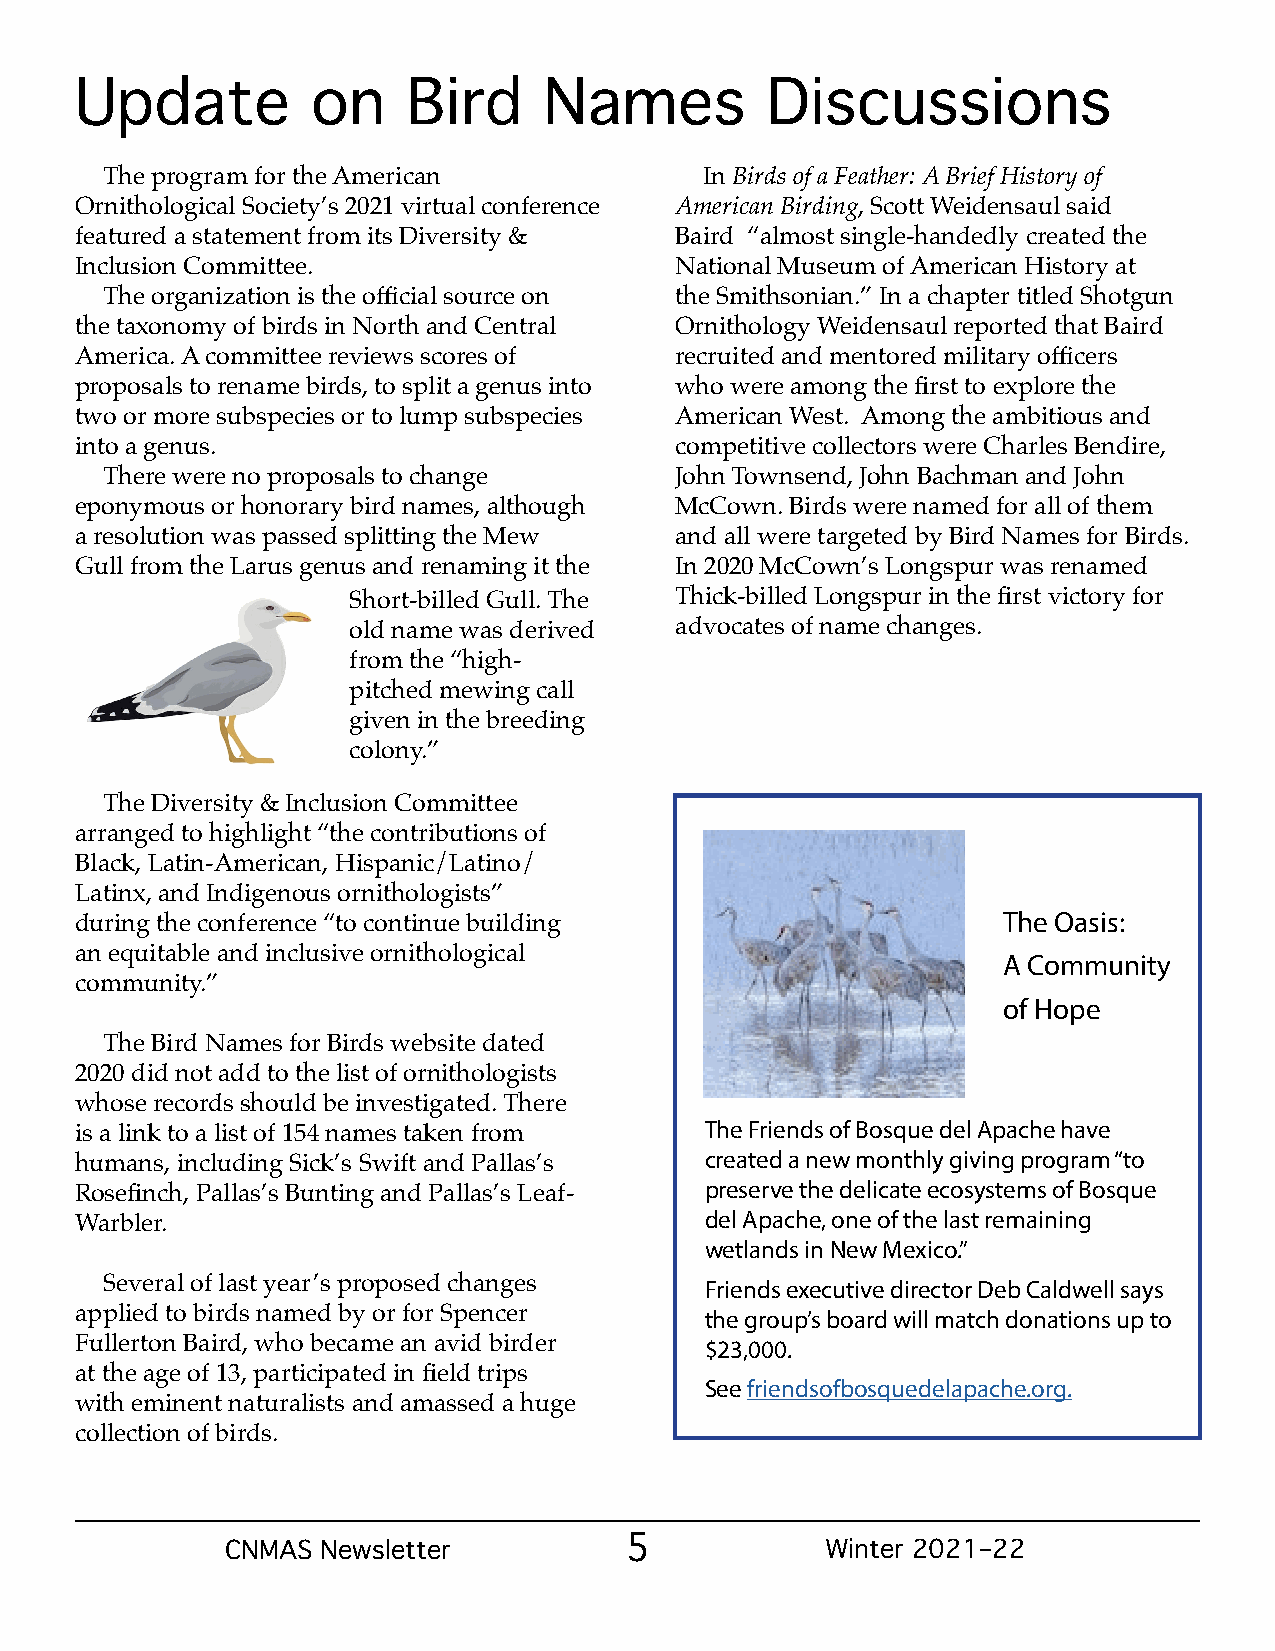
Update          on    Bird     Names          Discussions
 The program for the American            In Birds of a Feather: A Brief History of
 Ornithological Society’s 2021 virtual conference American Birding, Scott Weidensaul said
 featured a statement from its Diversity & Baird “almost single-handedly created the
 Inclusion Committee.                    National Museum of American History at
 The organization is the official source on the Smithsonian.” In a chapter titled Shotgun
 the taxonomy of birds in North and Central Ornithology Weidensaul reported that Baird
 America. A committee reviews scores of  recruited and mentored military officers
 proposals to rename birds, to split a genus into who were among the first to explore the
 two or more subspecies or to lump subspecies American West. Among the ambitious and
 into a genus.                           competitive collectors were Charles Bendire,
 There were no proposals to change     John Townsend, John Bachman and John
 eponymous or honorary bird names, although McCown. Birds were named for all of them
 a resolution was passed splitting the Mew and all were targeted by Bird Names for Birds.
 Gull from the Larus genus and renaming it the In 2020 McCown’s Longspur was renamed
 Short-billed Gull. The Thick-billed Longspur in the first victory for
 old name was derived  advocates of name changes.
 from the “high-
 pitched mewing call
 given in the breeding
 colony.”
 The Diversity & Inclusion Committee
 arranged to highlight “the contributions of
 Black, Latin-American, Hispanic/Latino/
 Latinx, and Indigenous ornithologists”
 The Oasis:
 during the conference “to continue building
 an equitable and inclusive ornithological                    A Community
 community.”
 of Hope
 The Bird Names for Birds website dated
 2020 did not add to the list of ornithologists
 whose records should be investigated. There
 The Friends of Bosque del Apache have
 is a link to a list of 154 names taken from
 created a new monthly giving program “to
 humans, including Sick’s Swift and Pallas’s
 preserve the delicate ecosystems of Bosque
 Rosefinch, Pallas’s Bunting and Pallas’s Leaf-
 del Apache, one of the last remaining
 Warbler.
 wetlands in New Mexico.”
 Several of last year’s proposed changes Friends executive director Deb Caldwell says
 applied to birds named by or for Spencer  the group’s board will match donations up to
 Fullerton Baird, who became an avid birder $23,000.
 at the age of 13, participated in field trips
 See friendsofbosquedelapache.org.
 with eminent naturalists and amassed a huge
 collection of birds.
 CNMAS Newsletter          5             Winter 2021–22